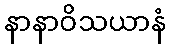
နာနာဝိသယာနံ